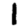
Digit: 1